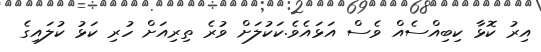
އިރު ކޮޅާ ކިބިއްސެއް ވެސް އަޅައެވެ.ކަކުލަށް ވުރެ ތިރިއަށް ހުރި ކަޅު ކުލައިގެ